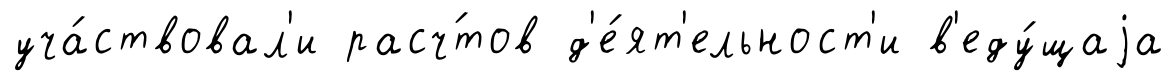
уча́ствовал'и расч́тов д'е́ят'ельност'и в'еду́щаjа